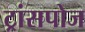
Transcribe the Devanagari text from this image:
ट्रांसपोज